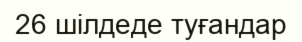
26 шілдеде туғандар